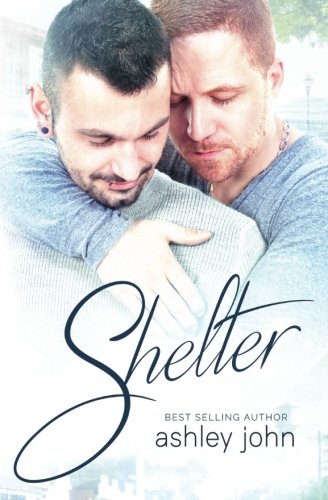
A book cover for Shelter; Ashley John; Literature & Fiction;